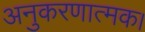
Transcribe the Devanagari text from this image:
अनुकरणात्मक।